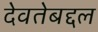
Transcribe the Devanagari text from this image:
देवतेबद्दल